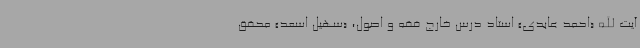
آیت الله «احمد عابدی» استاد درس خارج فقه و اصول، «سهیل اسعد» محقق